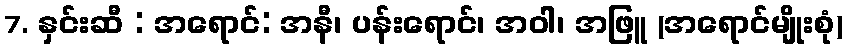
7. နှင်းဆီ : အရောင်: အနီ၊ ပန်းရောင်၊ အဝါ၊ အဖြူ (အရောင်မျိုးစုံ)